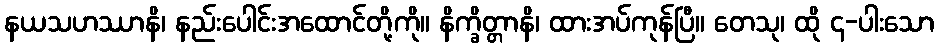
နယသဟဿာနိ၊ နည်းပေါင်းအထောင်တို့ကို။ နိက္ခိတ္တာနိ၊ ထားအပ်ကုန်ပြီ။ တေသု၊ ထို ၄-ပါးသော